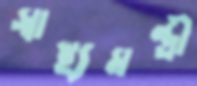
স্বাস্থ্যমন্ত্রী